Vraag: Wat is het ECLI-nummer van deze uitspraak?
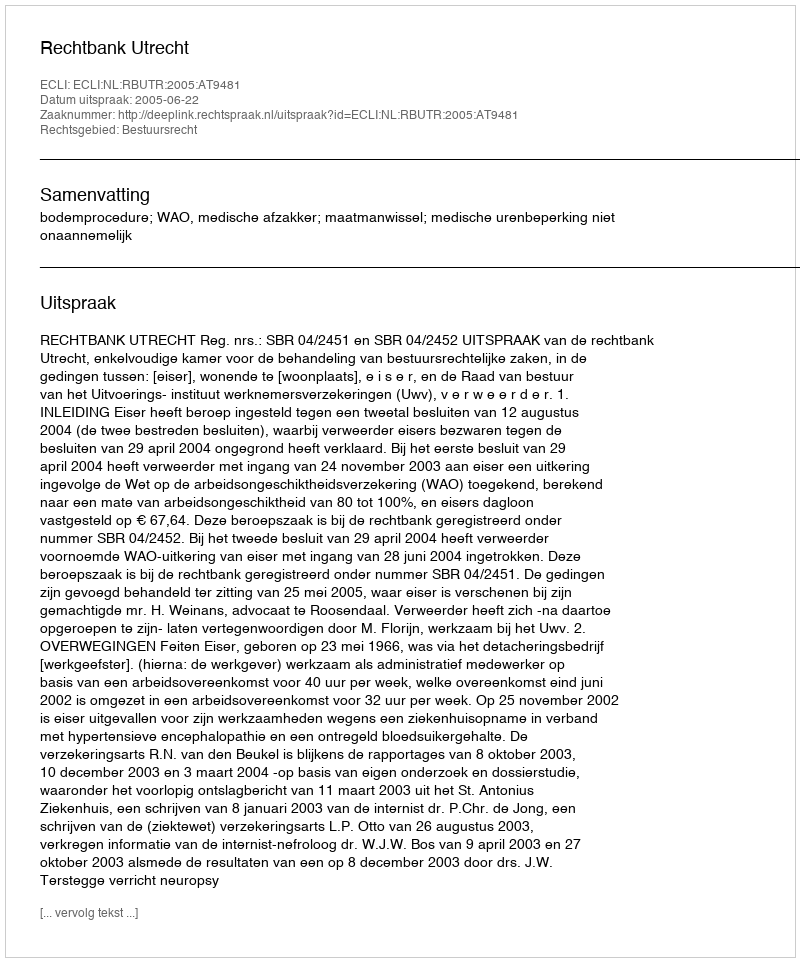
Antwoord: ECLI:NL:RBUTR:2005:AT9481